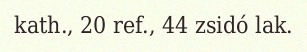
kath., 20 ref., 44 zsidó lak.